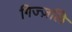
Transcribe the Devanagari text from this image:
गिज्ज़लि